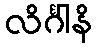
လိင်္ဂါနိ